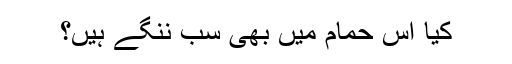
کیا اس حمام میں بھی سب ننگے ہیں؟